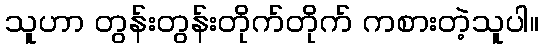
သူဟာ တွန်းတွန်းတိုက်တိုက် ကစားတဲ့သူပါ။